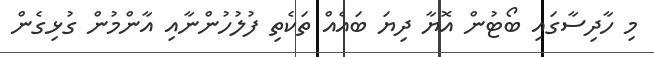
މި ހާދިސާގައި ބޯޓުން އޮޔާ ދިޔަ ބައެއް ތަކެތި ފުލުހުންނާއި އާންމުން ގުޅިގެން